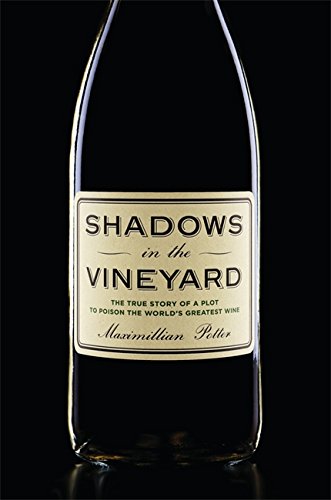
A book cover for Shadows in the Vineyard: The True Story of the Plot to Poison the World's Greatest Wine; Maximillian Potter; Biographies & Memoirs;